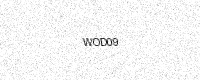
Text: WOD09